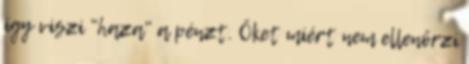
így viszi "haza" a pénzt. Őket miért nem ellenőrzi